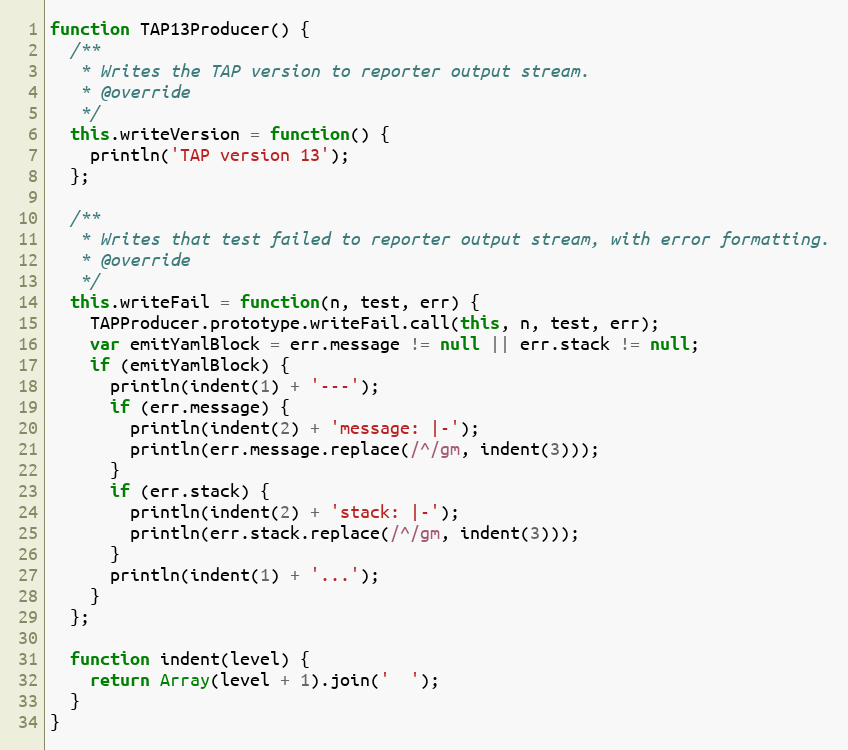
Language: JavaScript
function TAP13Producer() {
  /**
   * Writes the TAP version to reporter output stream.
   * @override
   */
  this.writeVersion = function() {
    println('TAP version 13');
  };

  /**
   * Writes that test failed to reporter output stream, with error formatting.
   * @override
   */
  this.writeFail = function(n, test, err) {
    TAPProducer.prototype.writeFail.call(this, n, test, err);
    var emitYamlBlock = err.message != null || err.stack != null;
    if (emitYamlBlock) {
      println(indent(1) + '---');
      if (err.message) {
        println(indent(2) + 'message: |-');
        println(err.message.replace(/^/gm, indent(3)));
      }
      if (err.stack) {
        println(indent(2) + 'stack: |-');
        println(err.stack.replace(/^/gm, indent(3)));
      }
      println(indent(1) + '...');
    }
  };

  function indent(level) {
    return Array(level + 1).join('  ');
  }
}